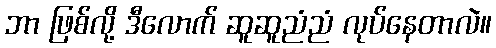
ဘာ ဖြစ်လို့ ဒီလောက် ဆူဆူညံညံ လုပ်နေတာလဲ။